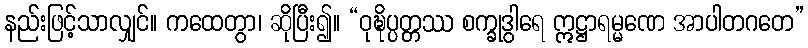
နည်းဖြင့်သာလျှင်။ ကထေတွာ၊ ဆိုပြီး၍။ “ဝုဍ္ဎိပ္ပတ္တဿ စက္ခုဒွါရေ ဣဋ္ဌာရမ္မဏေ အာပါတဂတေ”